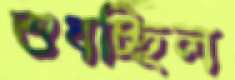
শুধচ্ছিল